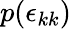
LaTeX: p(\epsilon_{kk})